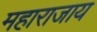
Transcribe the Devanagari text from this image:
महाराजाय